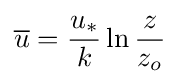
{\overline {u}}={\frac {u_{*}}{k}}\ln {\frac {z}{z_{o}}}